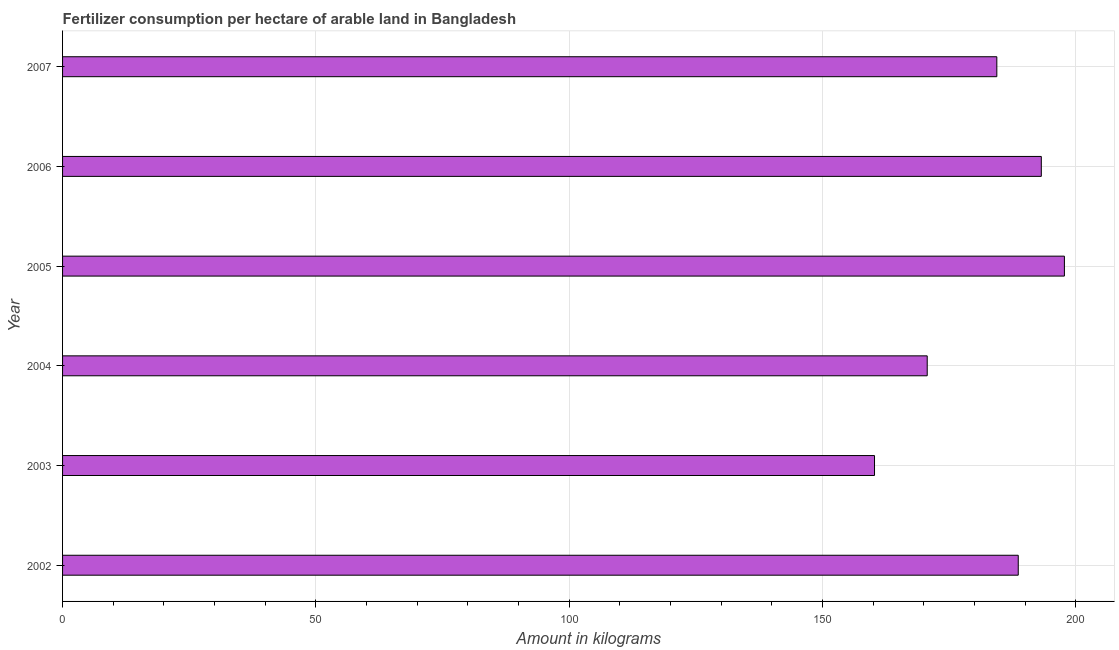
| Year | Fertilizer consumption |
 | --- | --- |
 | 2002 | 189 |
 | 2003 | 160 |
 | 2004 | 171 |
 | 2005 | 198 |
 | 2006 | 193 |
 | 2007 | 184 |